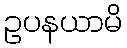
ဥပနယာမိ